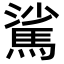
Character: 𩣟